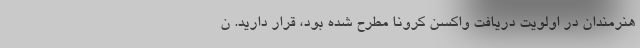
هنرمندان در اولویت دریافت واکسن کرونا مطرح شده بود، قرار دارید. ن